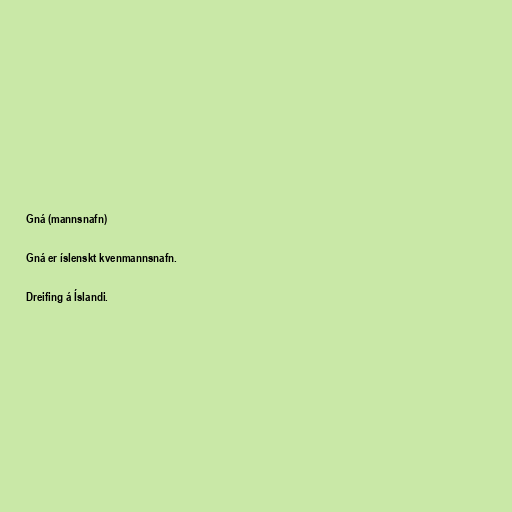
Gná (mannsnafn)

Gná er íslenskt kvenmannsnafn.

Dreifing á Íslandi.